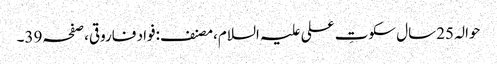
حوالہ 25سال سکوتِ علی علیہ السلام،مصنف:فواد فاروقی،صفحہ39۔